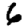
Digit: 6